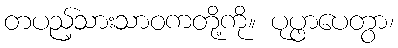
တပည့်သားသာဝကတို့ကို။ ပုပ္ဖာပေတွာ၊